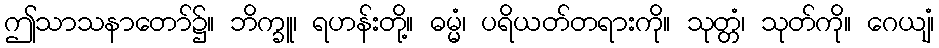
ဤသာသနာတော်၌။ ဘိက္ခူ၊ ရဟန်းတို့။ ဓမ္မံ၊ ပရိယတ်တရားကို။ သုတ္တံ၊ သုတ်ကို။ ဂေယျံ၊